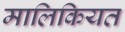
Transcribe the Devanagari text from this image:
मालिकियत